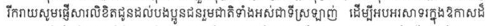
រីករាយសូមផ្ញើសារលិខិតជូនដល់បងប្អូនជនរួមជាតិទាំងអស់ជាទីស្រឡាញ់ ដើម្បីអបអរសាទរក្នុងឱកាសដ៏